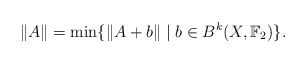
\begin{align*}\|A\| = \min \{ \|A + b\| \; | \; b \in B^k(X,\mathbb{F}_2)\}.\end{align*}